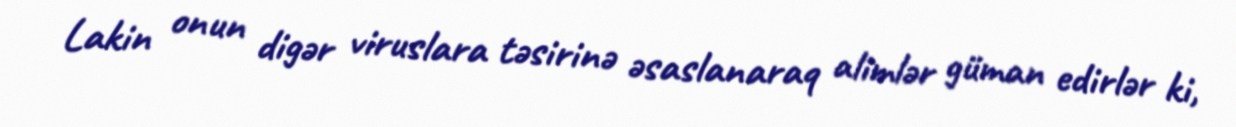
Lakin onun digər viruslara təsirinə əsaslanaraq alimlər güman edirlər ki,